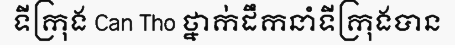
ទីក្រុង Can Tho ថ្នាក់ដឹកនាំទីក្រុងបាន